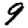
Digit: 9